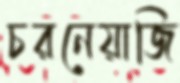
চরনেয়াজি